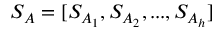
S _ { A } = [ S _ { A _ { 1 } } , S _ { A _ { 2 } } , . . . , S _ { A _ { h } } ]